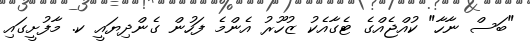
"ބަސް ނާހާ" ކުއްޖެއްގެ ޓެގާއެކު ޒުހޫރު އެންމެ ފަހުން ގެންދިޔައީ ކ. މާފުށީގައި